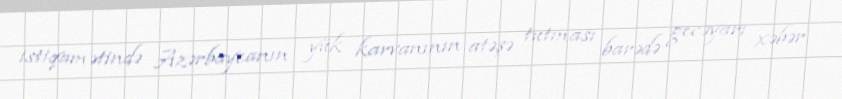
istiqamətində Azərbaycanın yük karvanının atəşə tutması barədə gecəyarı xəbər